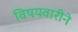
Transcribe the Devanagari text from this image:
विषयवारीने